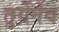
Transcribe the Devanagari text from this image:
तुर्गेनेव